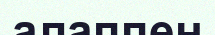
алаппен